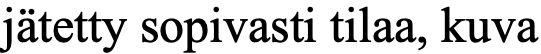
jätetty sopivasti tilaa, kuva